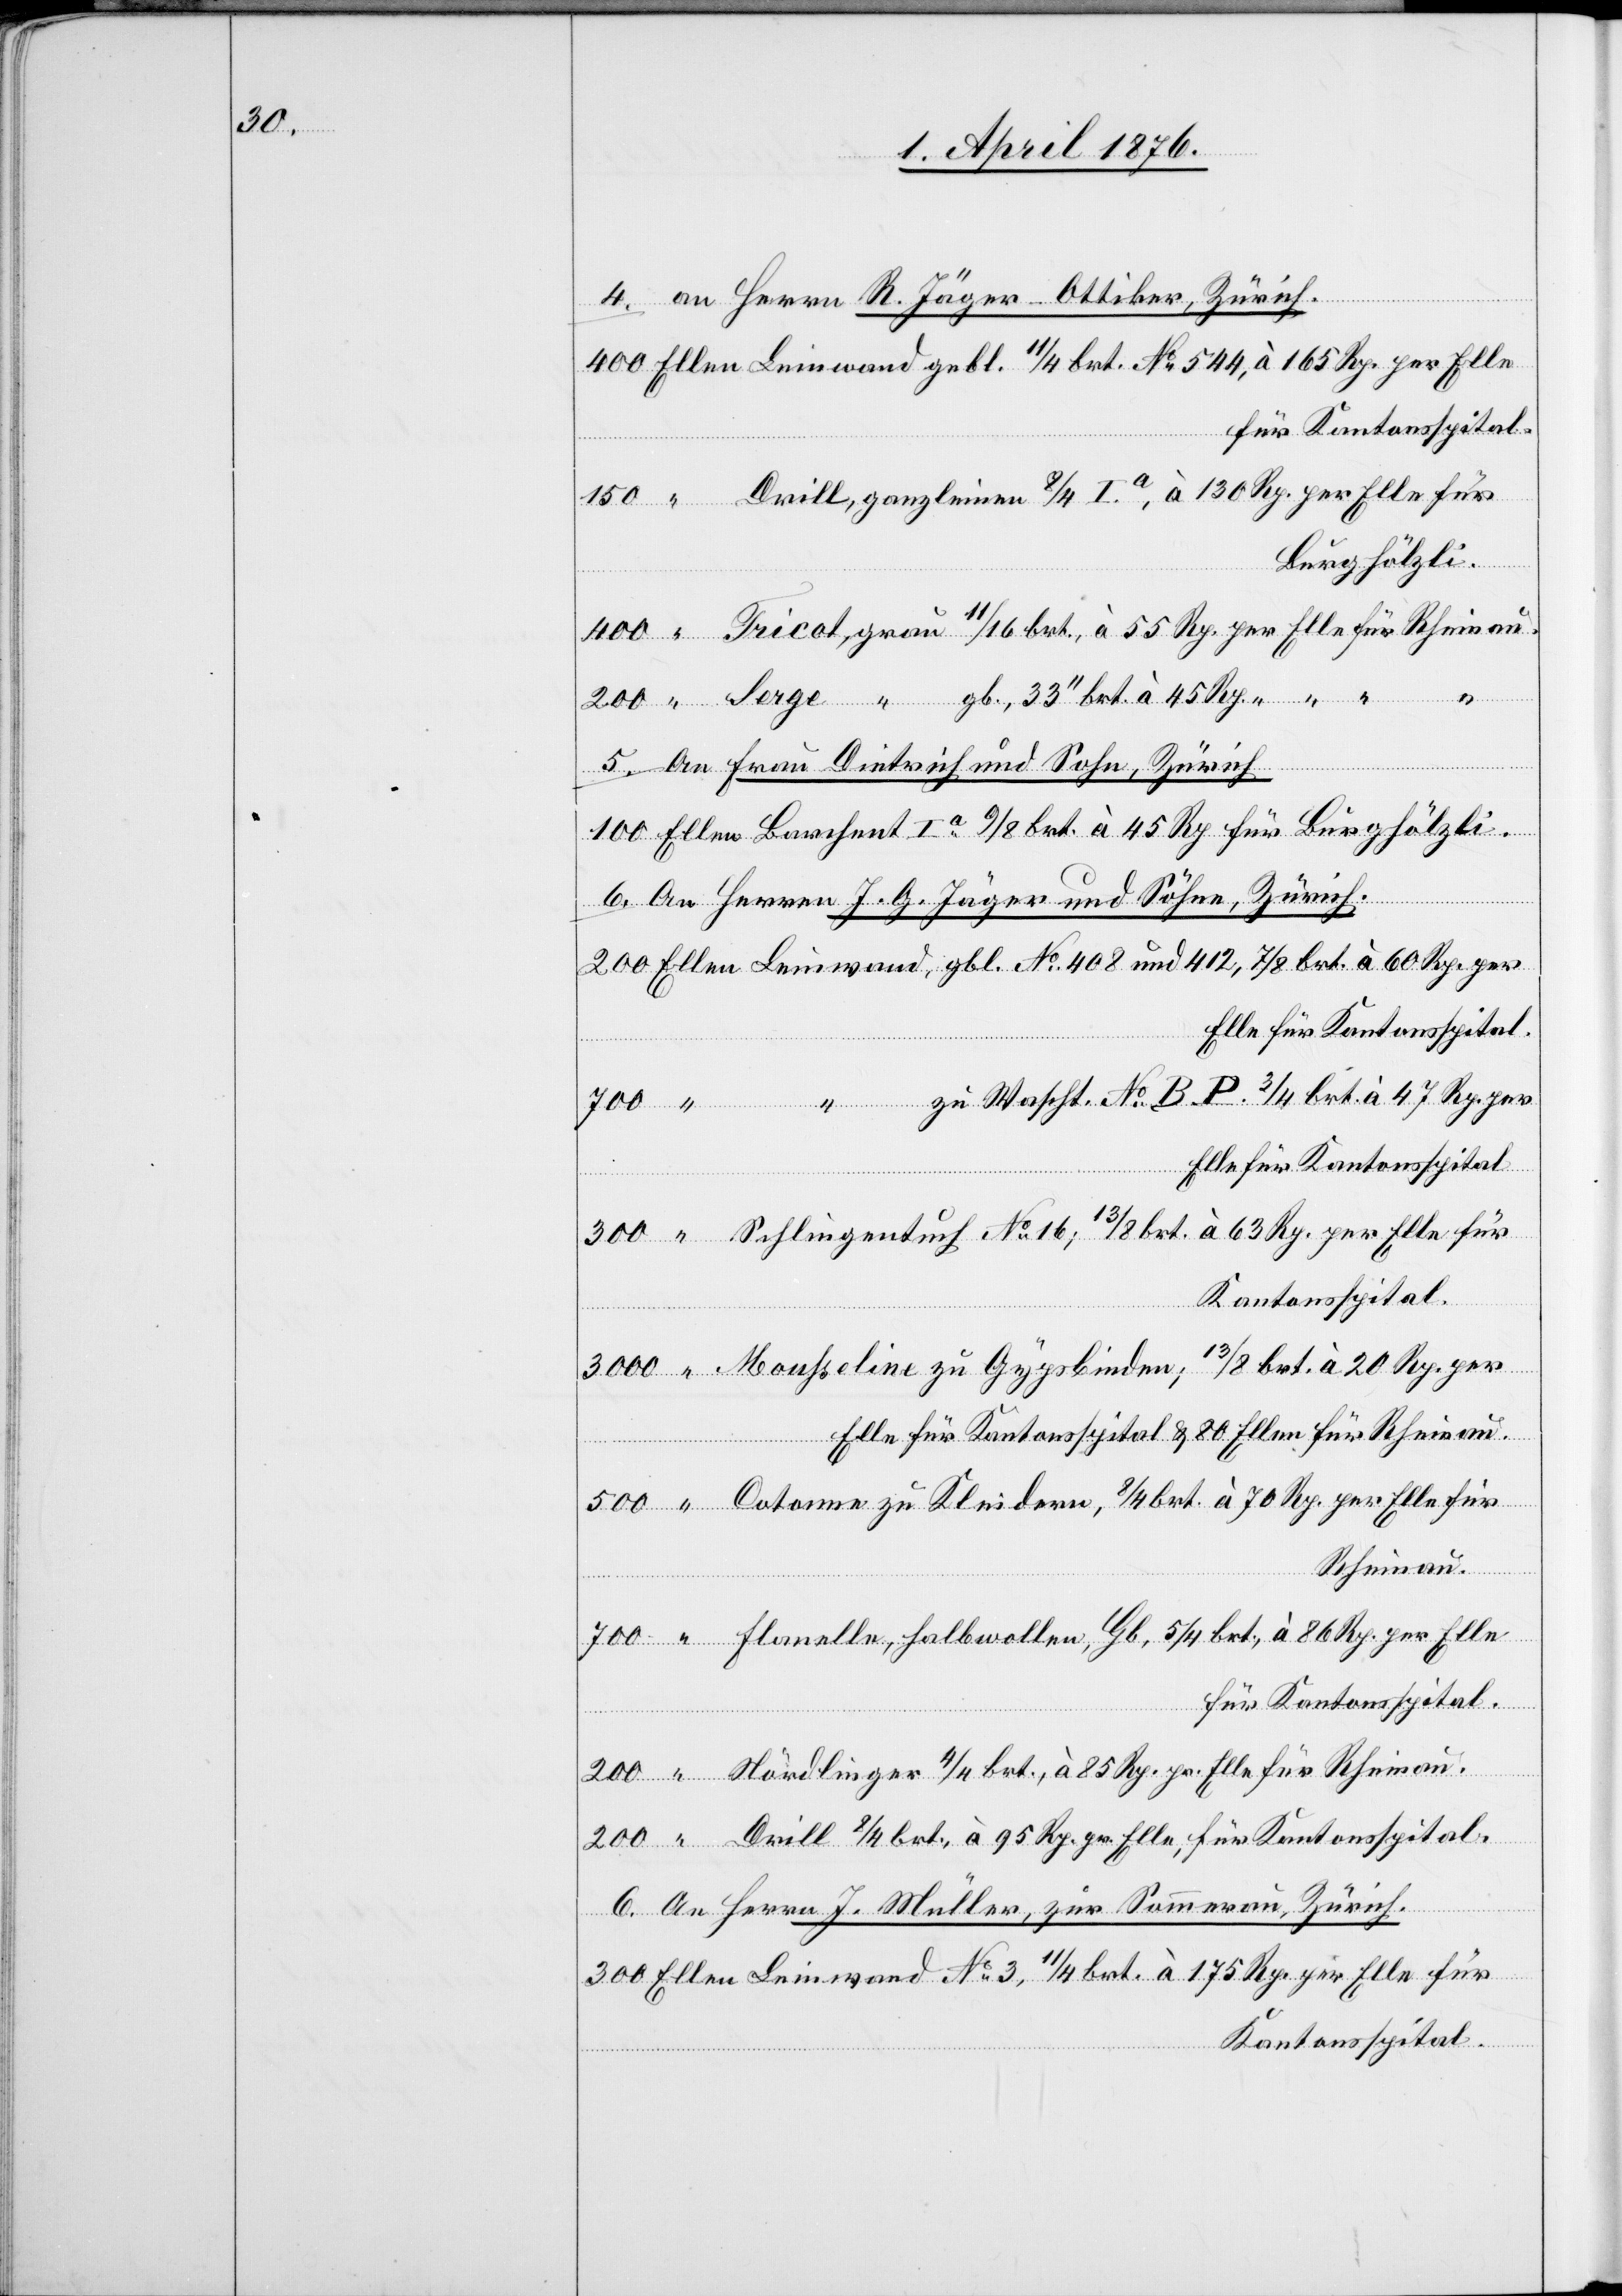
300

4. an Herrn R. Häger-Ottiker, Zürich.
Burghölzli.
per Elle
ne
5. an Frau Dietrich und Sohn, Zürich.
6. an Herren J. G. Jäger und Sohn, Zürich.
brt.
Rheinau.
linger
c!] an Herrn J. Müller, zur Sommerau, Zürich.
Kantonsspital.